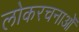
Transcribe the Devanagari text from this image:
लोकरचनाओं